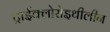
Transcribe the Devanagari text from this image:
ट्राईक्लोरोइथीलीन